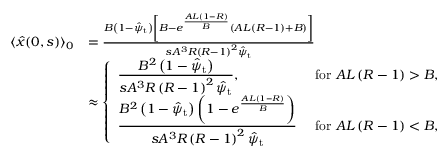
\begin{array} { r l } { \langle \hat { x } ( 0 , s ) \rangle _ { 0 } } & { = \frac { B \left( 1 - \hat { \psi } _ { \mathrm { t } } \right) \left[ B - e ^ { \frac { A L ( 1 - R ) } { B } } \left( A L \left( R - 1 \right) + B \right) \right] } { s A ^ { 3 } R \left( R - 1 \right) ^ { 2 } \hat { \psi } _ { \mathrm { t } } } } \\ & { \approx \left\{ \begin{array} { l l } { \displaystyle \frac { B ^ { 2 } \left( 1 - \hat { \psi } _ { \mathrm { t } } \right) } { s A ^ { 3 } R \left( R - 1 \right) ^ { 2 } \hat { \psi } _ { \mathrm { t } } } , } & { \mathrm { ~ f o r ~ } A L \left( R - 1 \right) > B , } \\ { \displaystyle \frac { B ^ { 2 } \left( 1 - \hat { \psi } _ { \mathrm { t } } \right) \left( 1 - e ^ { \frac { A L ( 1 - R ) } { B } } \right) } { s A ^ { 3 } R \left( R - 1 \right) ^ { 2 } \hat { \psi } _ { \mathrm { t } } } } & { \mathrm { ~ f o r ~ } A L \left( R - 1 \right) < B , } \end{array} \right. } \end{array}